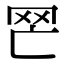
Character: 𦉽